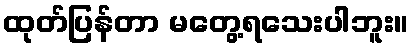
ထုတ်ပြန်တာ မတွေ့ရသေးပါဘူး။